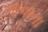
ખાવાના